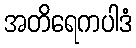
အတိရေကပါဒံ